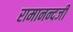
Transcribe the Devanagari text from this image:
रामानन्दजी